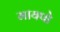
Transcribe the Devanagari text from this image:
मायपो